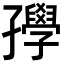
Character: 𡦰